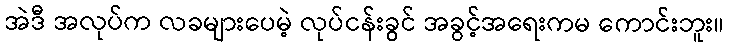
အဲဒီ အလုပ်က လခများပေမဲ့ လုပ်ငန်းခွင် အခွင့်အရေးကမ ကောင်းဘူး။